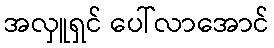
အလှူရှင် ပေါ်လာအောင်